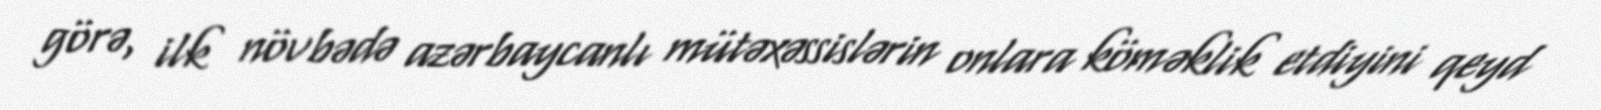
görə, ilk növbədə azərbaycanlı mütəxəssislərin onlara köməklik etdiyini qeyd